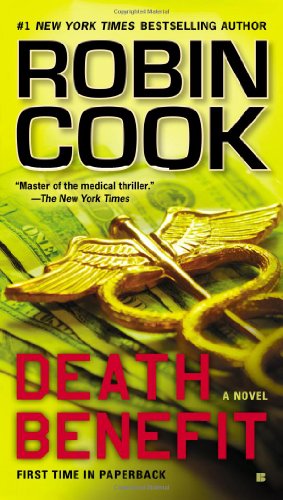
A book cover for Death Benefit; Robin Cook; Mystery, Thriller & Suspense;